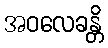
အဝလေခန္တိ